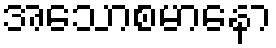
အသောစမာနော